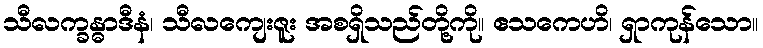
သီလက္ခန္ဓာဒီနံ၊ သီလကျေးဇူး အစရှိသည်တို့ကို။ ဧသကေဟိ၊ ရှာကုန်သော။